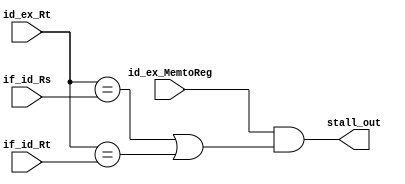
module hazard_detection_unit (
        input   [4:0]   id_ex_Rt,
        input   [4:0]   if_id_Rs,
        input   [4:0]   if_id_Rt,
        input           id_ex_MemtoReg,
        output          stall_out
    );
    assign stall_out = id_ex_MemtoReg &&
           (id_ex_Rt == if_id_Rs || id_ex_Rt == if_id_Rt);
endmodule